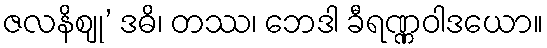
ဇလနိဈု’ ဒဓိ၊ တဿ၊ ဘေဒါ ခီရဏ္ဏဝါဒယော။